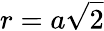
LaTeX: r=a\sqrt 2